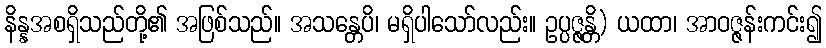
နိန္နအစရှိသည်တို့၏ အဖြစ်သည်။ အသန္တေပိ၊ မရှိပါသော်လည်း။ ဥပ္ပဇ္ဇန္တိ) ယထာ၊ အာဝဇ္ဇန်းကင်း၍